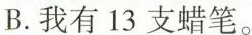
B.我有13支蜡笔.